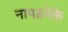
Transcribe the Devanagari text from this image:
नापडनेके